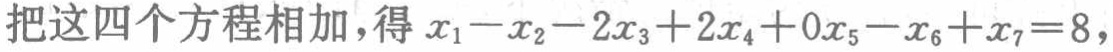
把这四个方程相加，得 \(x_{1}-x_{2}-2x_{3}+2x_{4}+0x_{5}-x_{6}+x_{7}=8\)，